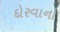
દોરવાનો